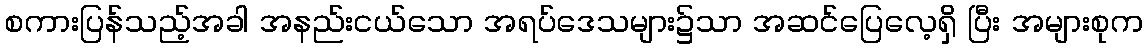
စကားပြန်သည့်အခါ အနည်းငယ်သော အရပ်ဒေသများ၌သာ အဆင်ပြေလေ့ရှိ ပြီး အများစုက